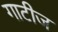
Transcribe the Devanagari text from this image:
गाटीज